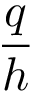
\frac { q } { h }